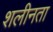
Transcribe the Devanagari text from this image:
शलीनता